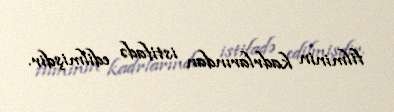
filminin kadrlarından istifadə edilmişdir.